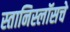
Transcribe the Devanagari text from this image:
स्तानिस्लॉसचे